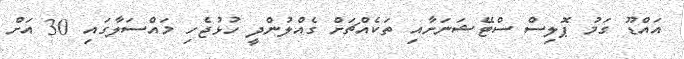
އައްޑޫ ގަމު ޕޮލިސް ސްޓޭޝަނަށާއި ތަކެއްޗަށް ގެއްލުންދީ ހުޅުޖެހި މައްސަލާގައި 30 އަށް